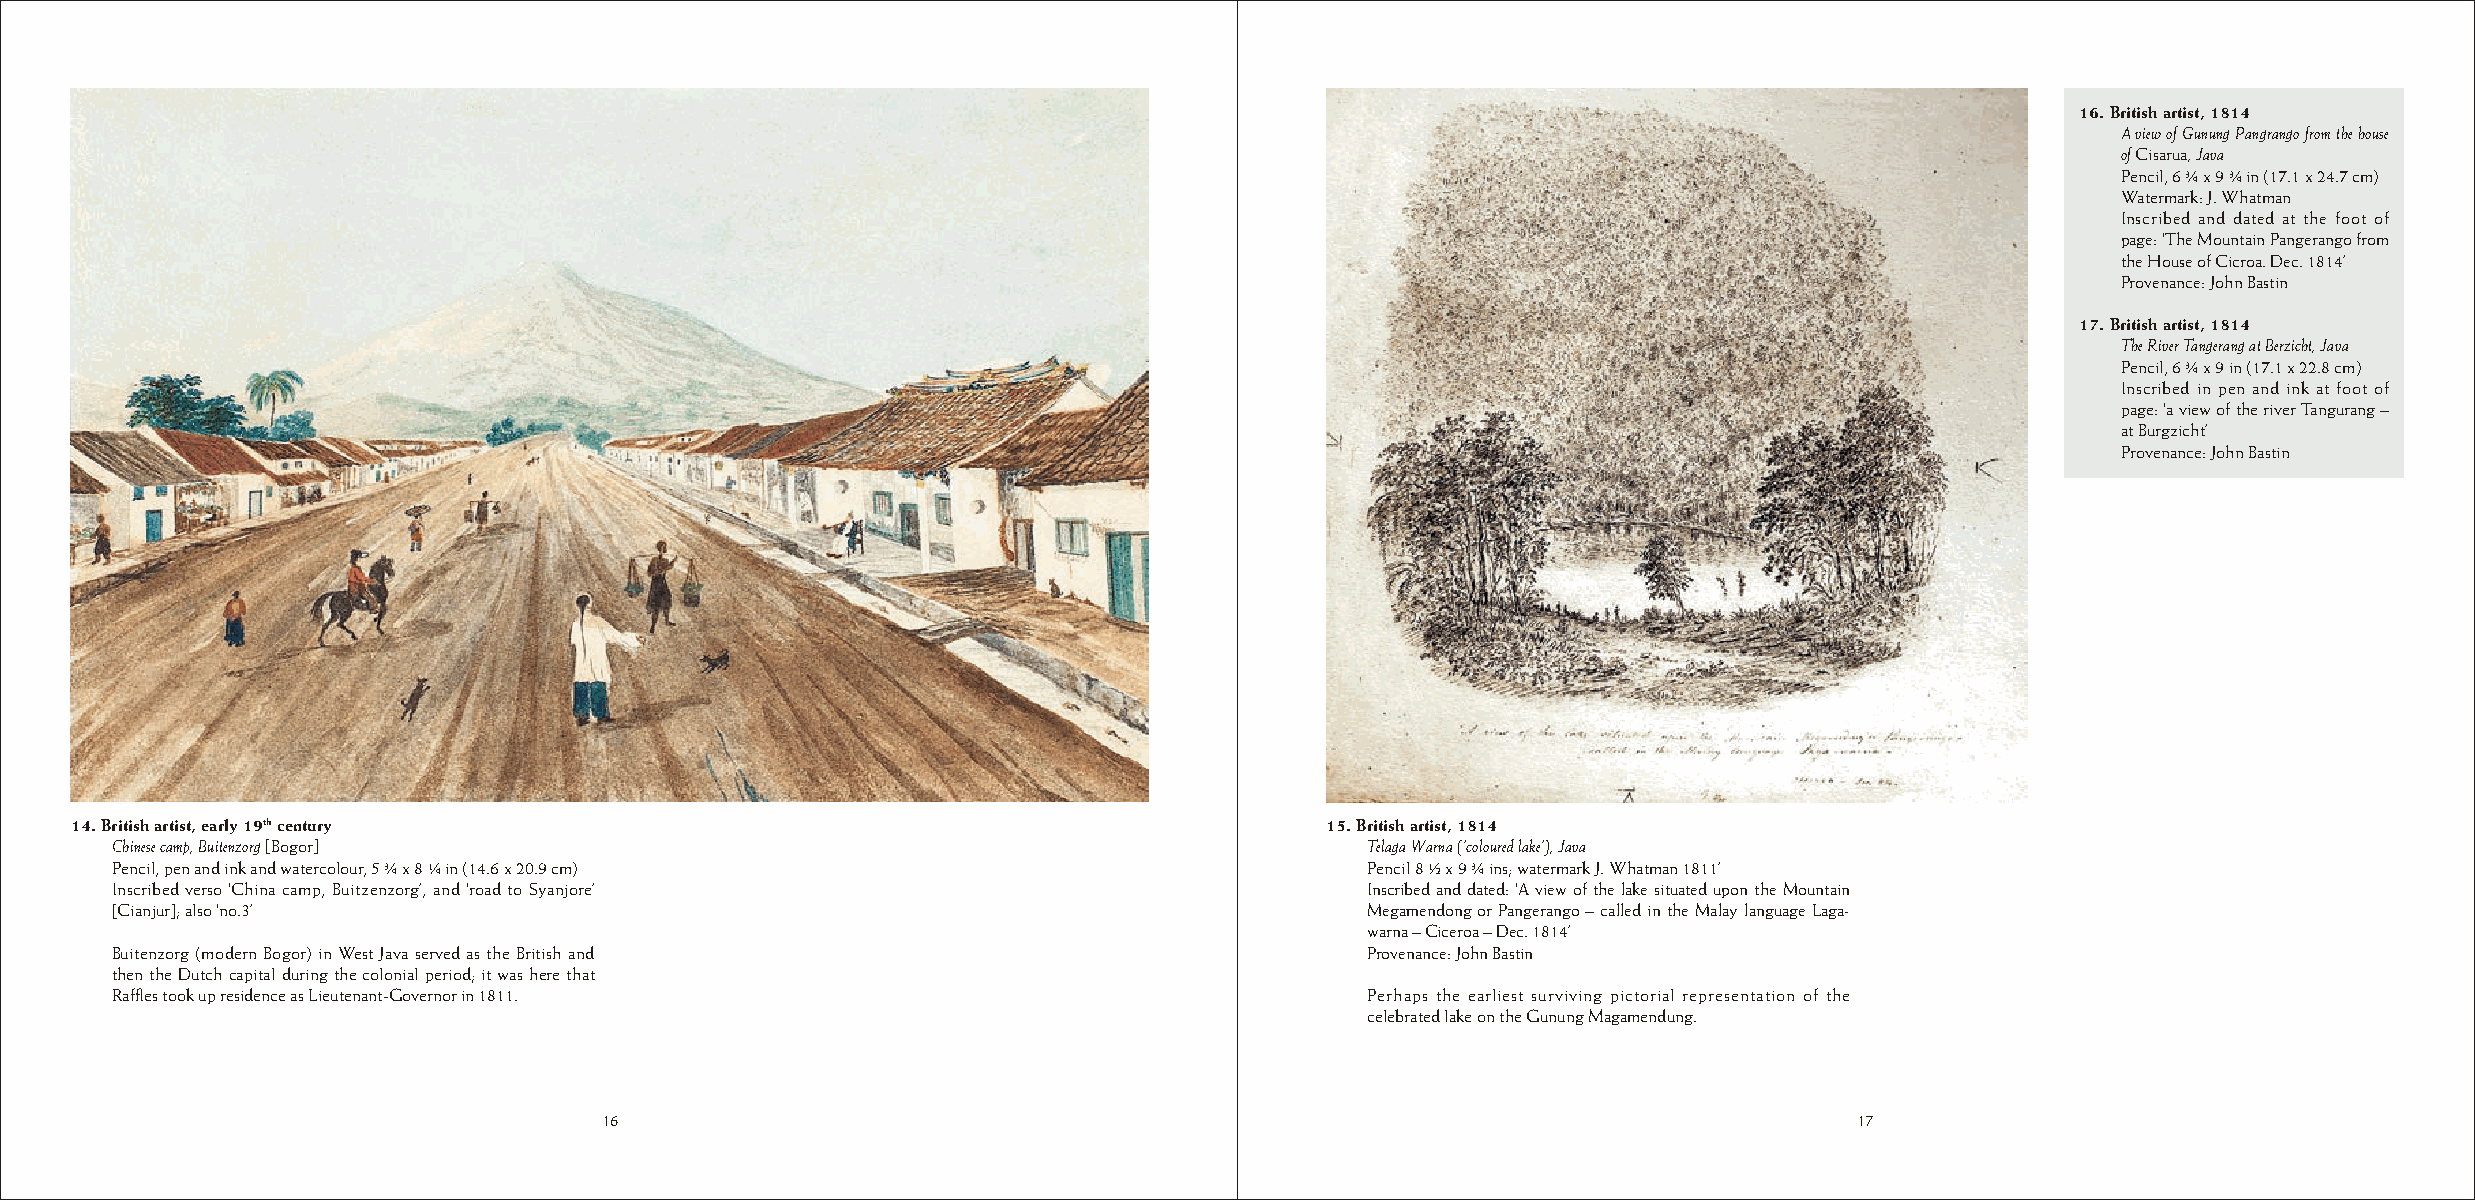
16. British artist, 1814
 A view of Gunung Pangrango from the house
 of Cisarua, Java
 Pencil, 6 ¾ x 9 ¾ in (17.1 x 24.7 cm)
 Watermark: J. Whatman
 Inscribed and dated at the foot of
 page: ‘The Mountain Pangerango from
 the House of Cicroa. Dec. 1814’
 Provenance: John Bastin
 17. British artist, 1814
 The River Tangerang at Berzicht, Java
 Pencil, 6 ¾ x 9 in (17.1 x 22.8 cm)
 Inscribed in pen and ink at foot of
 page: ‘a view of the river Tangurang –
 at Burgzicht’
 Provenance: John Bastin
 14. British artist, early 19th century                                             15. British artist, 1814
 Chinese camp, Buitenzorg [Bogor]                                                    Telaga Warna (‘coloured lake’), Java
 Pencil, pen and ink and watercolour, 5 ¾ x 8 ¼ in (14.6 x 20.9 cm)                  Pencil 8 ½ x 9 ¾ ins; watermark J. Whatman 1811’
 Inscribed verso ‘China camp, Buitzenzorg’, and ‘road to Syanjore’                   Inscribed and dated: ‘A view of the lake situated upon the Mountain
 [Cianjur]; also ‘no.3’                                                              Megamendong or Pangerango – called in the Malay language Laga-
 warna – Ciceroa – Dec. 1814’
 Buitenzorg (modern Bogor) in West Java served as the British and                    Provenance: John Bastin
 then the Dutch capital during the colonial period; it was here that
 Raffles took up residence as Lieutenant-Governor in 1811.                           Perhaps the earliest surviving pictorial representation of the
 celebrated lake on the Gunung Magamendung.
 16                                                                                 17
 16                                                                                 17